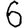
Digit: 6